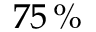
7 5 \, \%